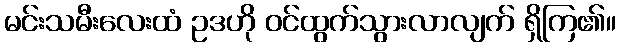
မင်းသမီးလေးထံ ဥဒဟို ဝင်ထွက်သွားလာလျက် ရှိကြ၏။